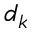
d _ { k }